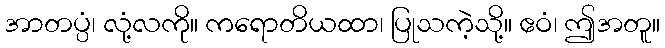
အာတပ္ပံ၊ လုံ့လကို။ ကရောတိယထာ၊ ပြုသကဲ့သို့။ ဧဝံ၊ ဤအတူ။